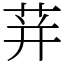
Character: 荓